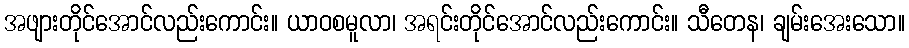
အဖျားတိုင်အောင်လည်းကောင်း။ ယာဝစမူလာ၊ အရင်းတိုင်အောင်လည်းကောင်း။ သီတေန၊ ချမ်းအေးသော။